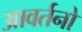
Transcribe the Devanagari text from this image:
आवर्तनो